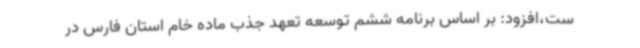
ست،افزود: بر اساس برنامه ششم توسعه تعهد جذب ماده خام استان فارس در